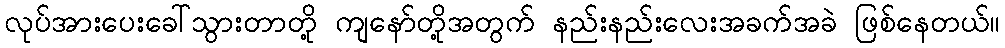
လုပ်အားပေးခေါ်သွားတာတို့ ကျနော်တို့အတွက် နည်းနည်းလေးအခက်အခဲ ဖြစ်နေတယ်။